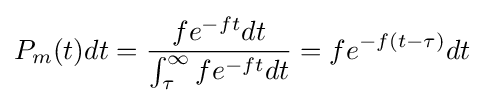
P_{m}(t)dt={\frac {fe^{-ft}dt}{\int _{\tau }^{\infty }fe^{-ft}dt}}=fe^{-f(t-\tau )}dt